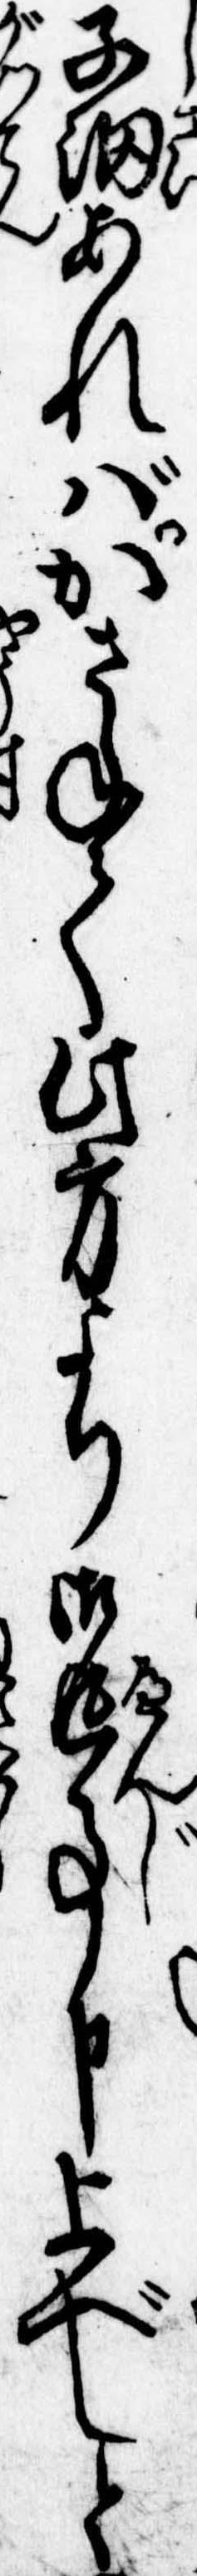
子細あればかさねて此方より御返事申上べしと